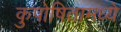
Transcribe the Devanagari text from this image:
कुपोषितामध्ये